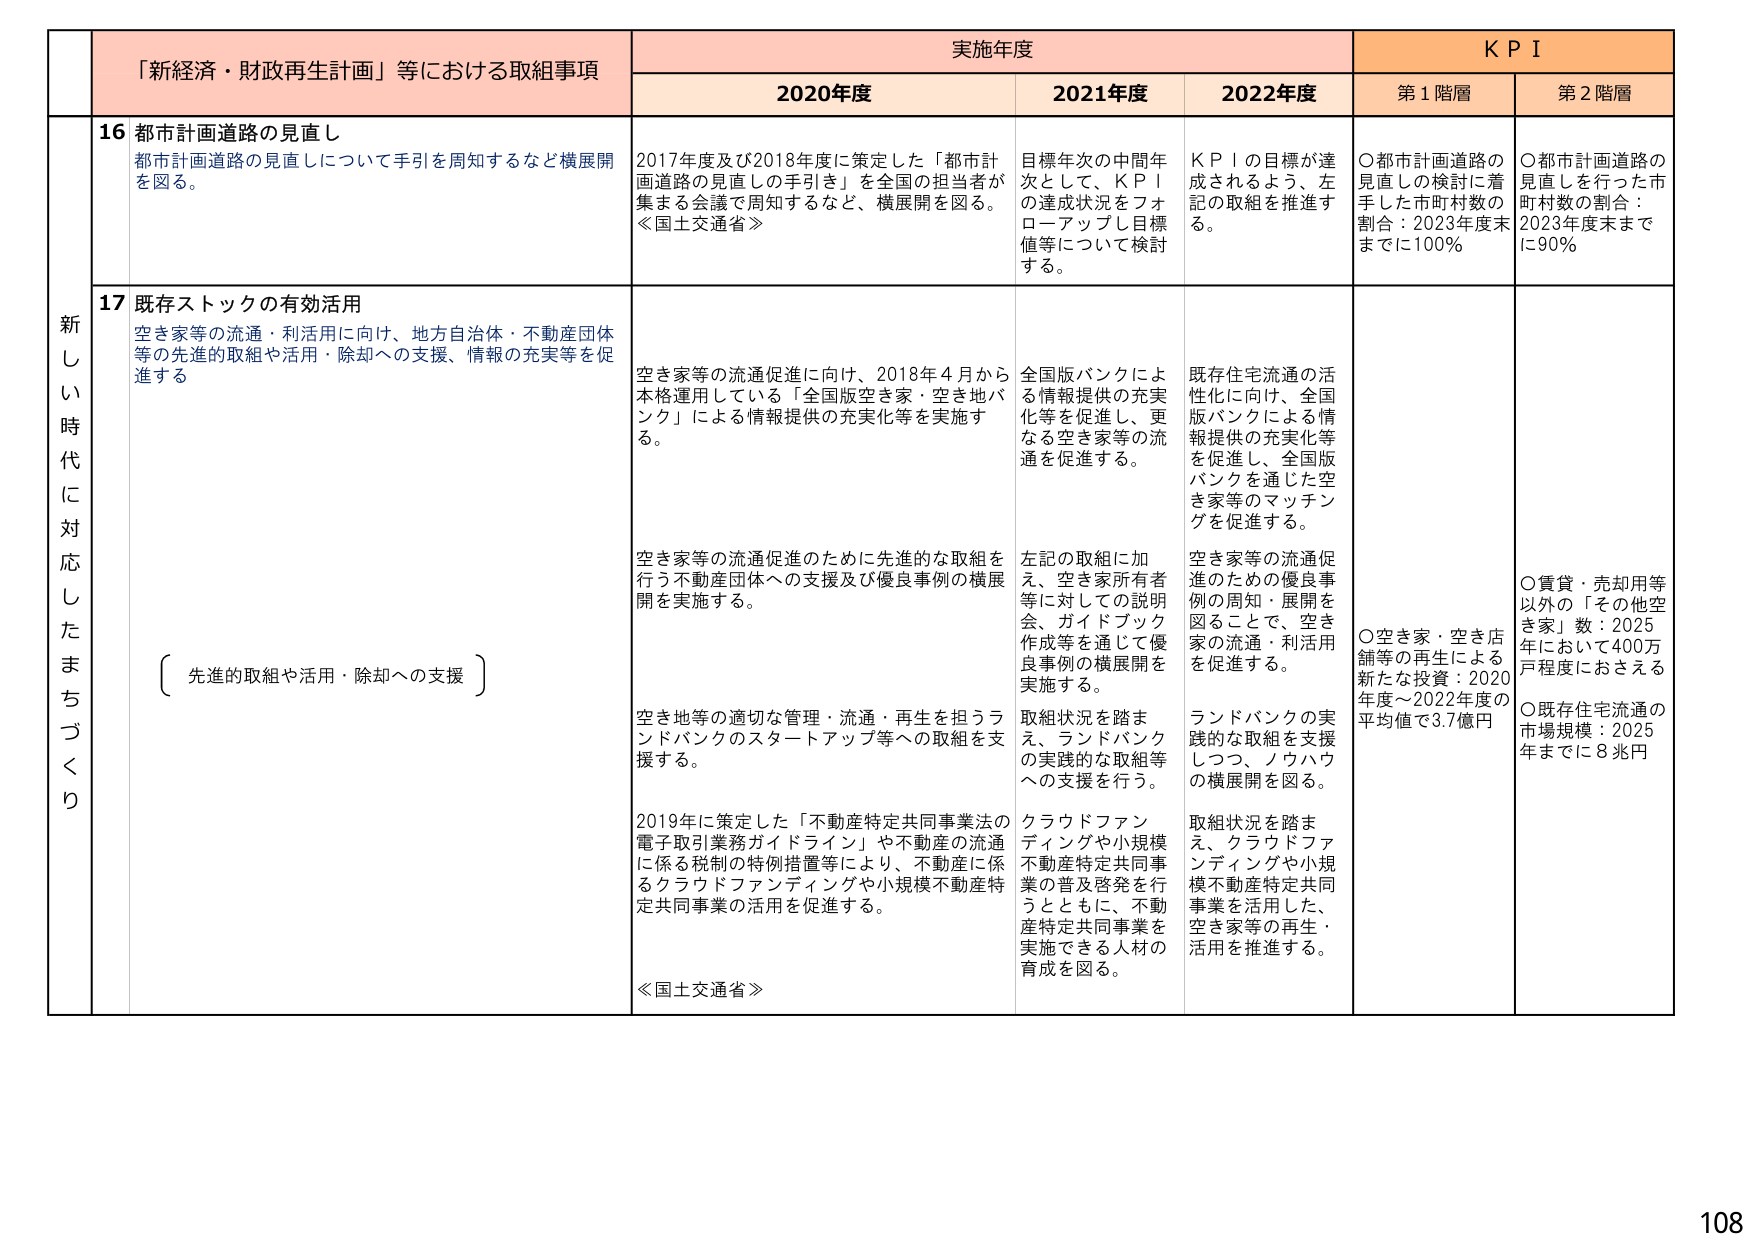
新しき時代に対応したまちづくり
「新経済・財政再生計画」等における取組事項
実施年度
KPI

2020年度
2021年度
2022年度
第1階層
第2階層

16 都市計画道路の見直し
都市計画道路の見直しについて手引を周知するなど横展開を図る。
2017年度及び2018年度に策定した「都市計画道路の見直しの手引き」を全国の担当者が集まる会議で周知するなど、横展開を図る。
《国土交通省》
目標年次の中間年次として、KPIの達成状況をフォローアップし目標値等について検討する。
KPIの目標が達成されるよう、左記の取組を推進する。
〇都市計画道路の見直しの検討に着手した市町村数の割合：2023年度末までに100％
〇都市計画道路の見直しを行った市町村数の割合：2023年度末までに90％

17 既存ストックの有効活用
空き家等の流通・利活用に向け、地方自治体・不動産団体等の先進的取組や活用・除却への支援、情報の充実等を促進する
（先進的取組や活用・除却への支援）
空き家等の流通促進に向け、2018年4月から本格運用している「全国版空き家・空き地バンク」による情報提供の充実化等を実施する。
空き家等の流通促進のために先進的な取組を行う不動産団体への支援及び優良事例の横展開を実施する。
空き地等の適切な管理・流通・再生を担うランドバンクのスタートアップ等への取組を支援する。
2019年に策定した「不動産特定共同事業法の電子取引業務ガイドライン」や不動産の流通に係る税制の特例措置等により、不動産に係るクラウドファンディングや小規模不動産特定共同事業の活用を促進する。
《国土交通省》
全国版バンクによる情報提供の充実化等を促進し、更なる空き家等の流通を促進する。
左記の取組に加え、空き家所有者等に対しての説明会、ガイドブック作成等を通じて優良事例の横展開を実施する。
取組状況を踏まえ、ランドバンクの実践的な取組を支援し、ノウハウの横展開を図る。
クラウドファンディングや小規模不動産特定共同事業の普及啓発を行うとともに、不動産特定共同事業を実施できる人材の育成を図る。
既存住宅流通の活性化に向け、全国版バンクによる情報提供の充実化等を促進し、全国版バンクを通じた空き家等のマッチングを促進する。
空き家等の流通促進のための優良事例の周知・展開を図ることで、空き家の流通・利活用を促進する。
ランドバンクの実践的な取組を支援しつつ、ノウハウの横展開を図る。
取組状況を踏まえ、クラウドファンディングや小規模不動産特定共同事業を活用した、空き家等の再生・活用を推進する。
〇空き家・空き店舗等の再生による新たな投資：2020年度～2022年度の平均値で3.7億円
〇賃貸・売却用等以外の「その他空き家」数：2025年において400万戸程度におさえる
〇既存住宅流通の市場規模：2025年までに8兆円

108